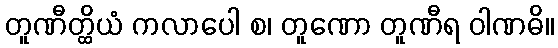
တူဏီတ္ထိယံ ကလာပေါ စ၊ တူဏော တူဏီရ ဝါဏဓိ။